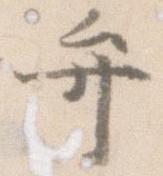
弁